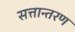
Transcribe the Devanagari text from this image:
सत्तान्तरण